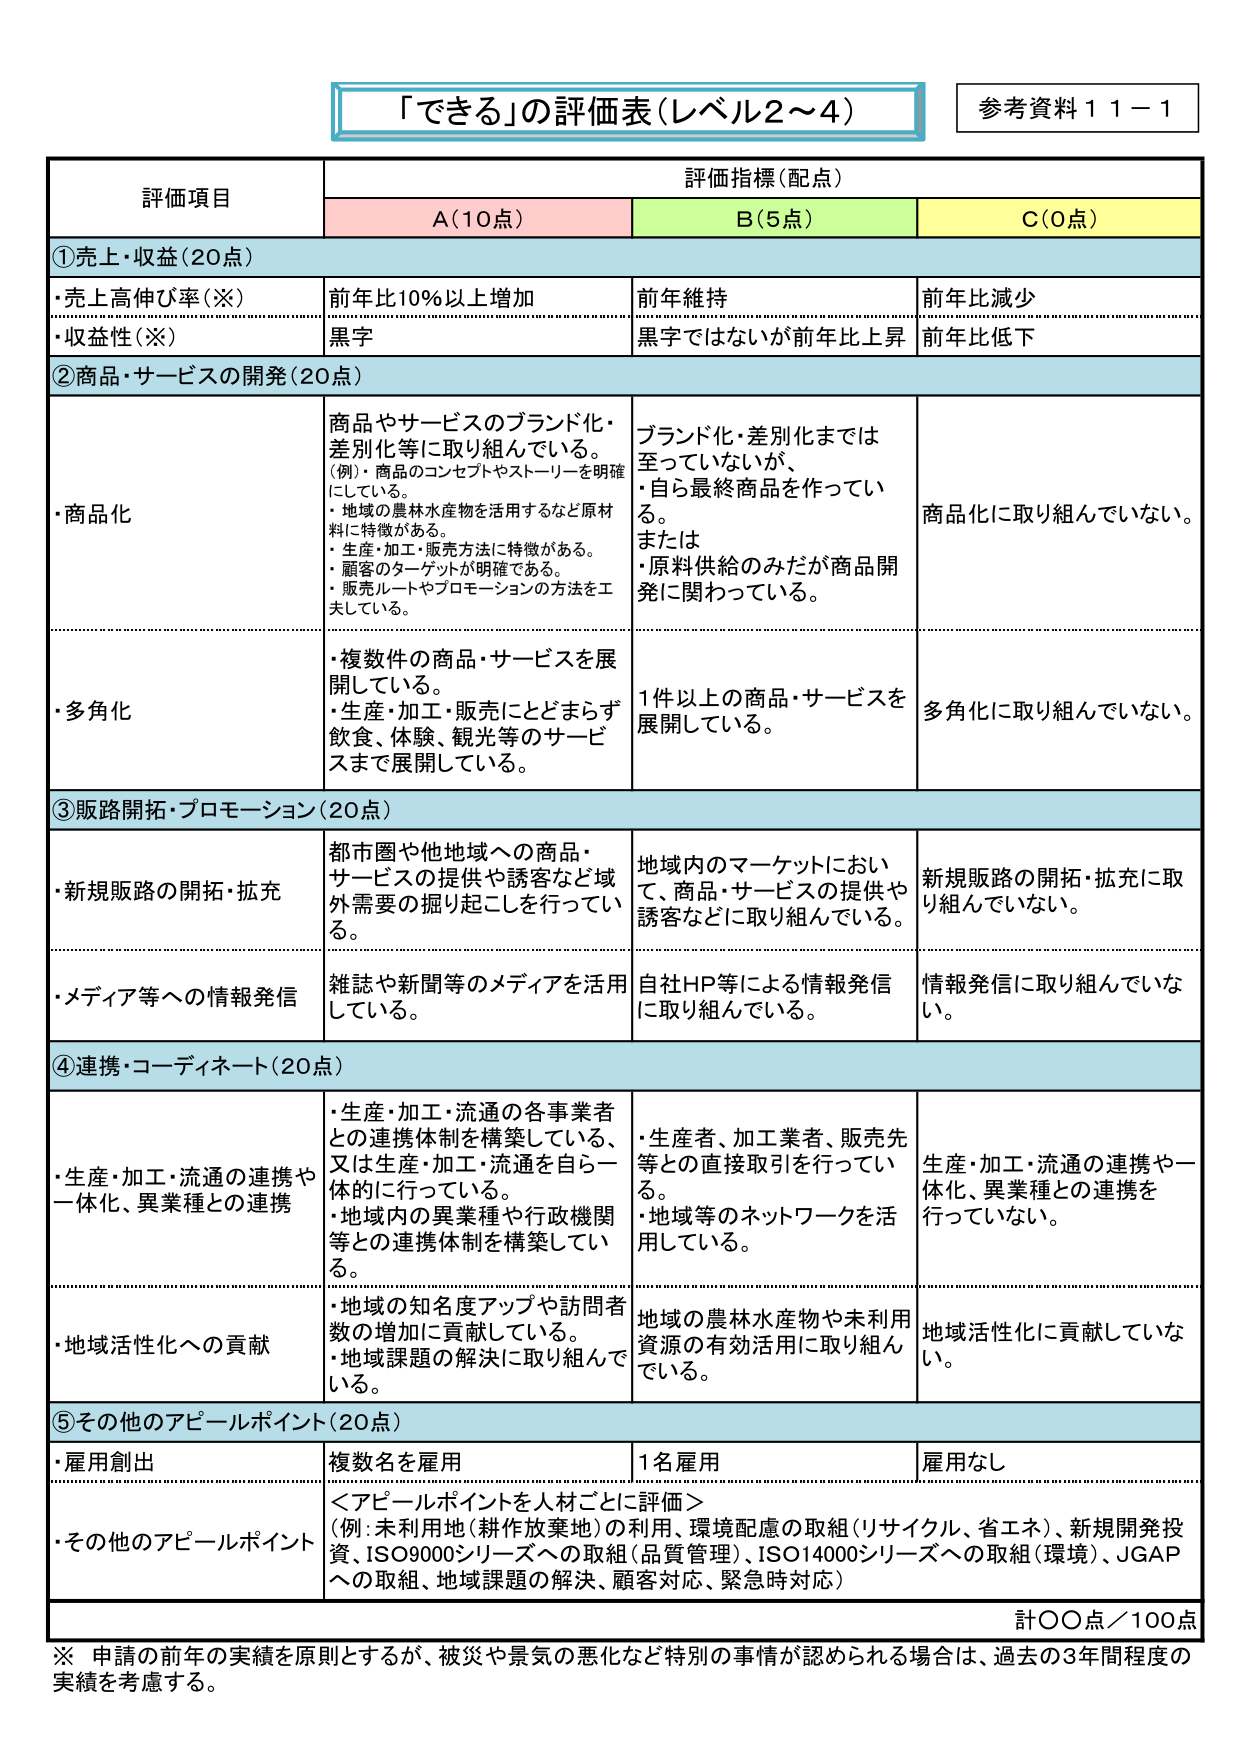
「できる」の評価表（レベル2～4）
参考資料１１－１

評価項目
評価指標（配点）
A（10点）
B（5点）
C（0点）

①売上・収益（20点）
・売上高伸び率（※）
前年比10％以上増加
前年維持
前年比減少
・収益性（※）
黒字
黒字ではないが前年比上昇
前年比低下

②商品・サービスの開発（20点）
・商品化
商品やサービスのブランド化・差別化等に取り組んでいる。
（例）・商品のコンセプトやストーリーを明確にしている。
・地域の農林水産物を活用するなど原材料に特徴がある。
・生産・加工・販売方法に特徴がある。
・顧客のターゲットが明確である。
・販売ルートやプロモーションの方法を工夫している。
ブランド化・差別化までは至っていないが、
・自ら最終商品を作っている。
または
・原料供給のみだが商品開発に関わっている。
商品化に取り組んでいない。
・多角化
・複数件の商品・サービスを展開している。
・生産・加工・販売にとどまらず飲食、体験、観光等のサービスまで展開している。
1件以上の商品・サービスを展開している。
多角化に取り組んでいない。

③販路開拓・プロモーション（20点）
・新規販路の開拓・拡充
都市圏や他地域への商品・サービスの提供や誘客など域外需要の掘り起こしを行っている。
地域内のマーケットにおいて、商品・サービスの提供や誘客などに取り組んでいる。
新規販路の開拓・拡充に取り組んでいない。
・メディア等への情報発信
雑誌や新聞等のメディアを活用している。
自社HP等による情報発信に取り組んでいる。
情報発信に取り組んでいない。

④連携・コーディネート（20点）
・生産・加工・流通の連携や一体化、異業種との連携
・生産・加工・流通の各事業者との連携体制を構築している、又は生産・加工・流通を自ら一体的に行っている。
・地域内の異業種や行政機関等との連携体制を構築している。
・生産者、加工業者、販売先等との直接取引を行っている。
・地域等のネットワークを活用している。
生産・加工・流通の連携や一体化、異業種との連携を行っていない。
・地域活性化への貢献
・地域の知名度アップや訪問者数の増加に貢献している。
・地域課題の解決に取り組んでいる。
地域の農林水産物や未利用資源の有効活用に取り組んでいる。
地域活性化に貢献していない。

⑤その他のアピールポイント（20点）
・雇用創出
複数名を雇用
1名雇用
雇用なし
・その他のアピールポイント
＜アピールポイントを人材ごとに評価＞
（例：未利用地（耕作放棄地）の利用、環境配慮の取組（リサイクル、省エネ）、新規開発投資、ISO9000シリーズへの取組（品質管理）、ISO14000シリーズへの取組（環境）、JGAPへの取組、地域課題の解決、顧客対応、緊急時対応）

計〇〇点／100点

※ 申請の前年の実績を原則とするが、被災や景気の悪化など特別の事情が認められる場合は、過去の3年間程度の実績を考慮する。